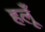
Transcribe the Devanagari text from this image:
हलूँ